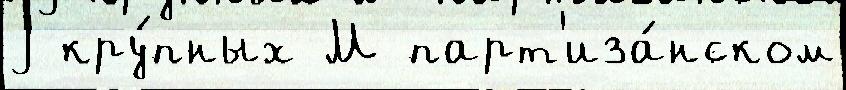
j кру́пных М парт'иза́нском